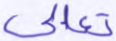
تعالى